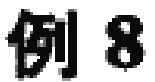
例 8